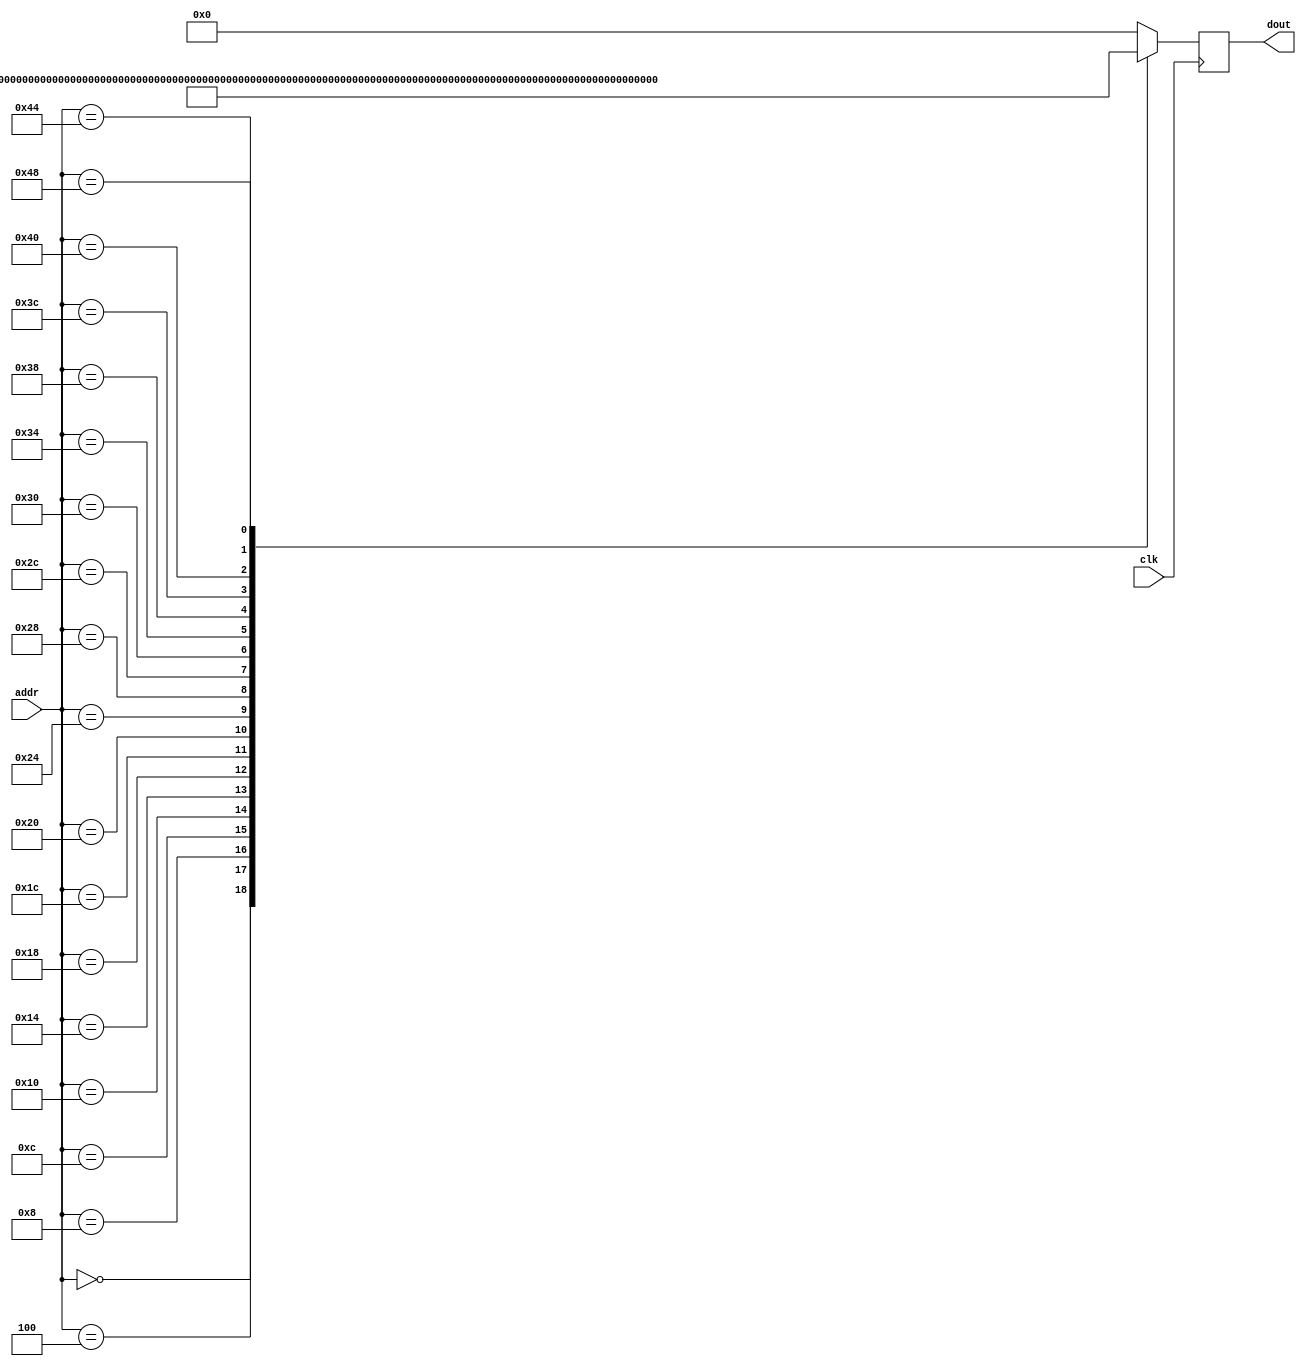
module ROM(addr, dout, clk);

input [7:0] addr;
input clk;
output reg [31:0] dout;

always@(posedge clk) begin
	case(addr)
		8'd00: dout = 32'h00450693; //0
		8'd04: dout = 32'h00100713; //4
		8'd08: dout = 32'h00b76463; //8
		8'd12: dout = 32'h00008067; //c
		8'd16: dout = 32'h0006a803; //10
		8'd20: dout = 32'h00068613; //14
		8'd24: dout = 32'h00070793; //18
		8'd28: dout = 32'hffc62883; //1c
		8'd32: dout = 32'h01185a63; //20
		8'd36: dout = 32'h01162023; //24
		8'd40: dout = 32'hfff78793; //28
		8'd44: dout = 32'hffc60613; //2c
		8'd48: dout = 32'hfe0796e3; //30
		8'd52: dout = 32'h00279793; //34
		8'd56: dout = 32'h00f507b3; //38
		8'd60: dout = 32'h0107a023; //3c
		8'd64: dout = 32'h00170713; //40
		8'd68: dout = 32'h00468693; //44
		8'd72: dout = 32'hfc1ff06f; //48
	
		default: dout = 32'd0;

	endcase 
end

endmodule